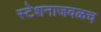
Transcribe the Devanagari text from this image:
स्टेशनाजवळच